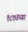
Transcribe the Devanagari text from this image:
१८७४च्या